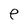
Character: p